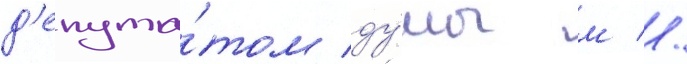
д'епута́том ду́мы м //